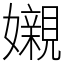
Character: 𡤅